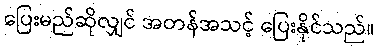
ပြေးမည်ဆိုလျှင် အတန်အသင့် ပြေးနိုင်သည်။